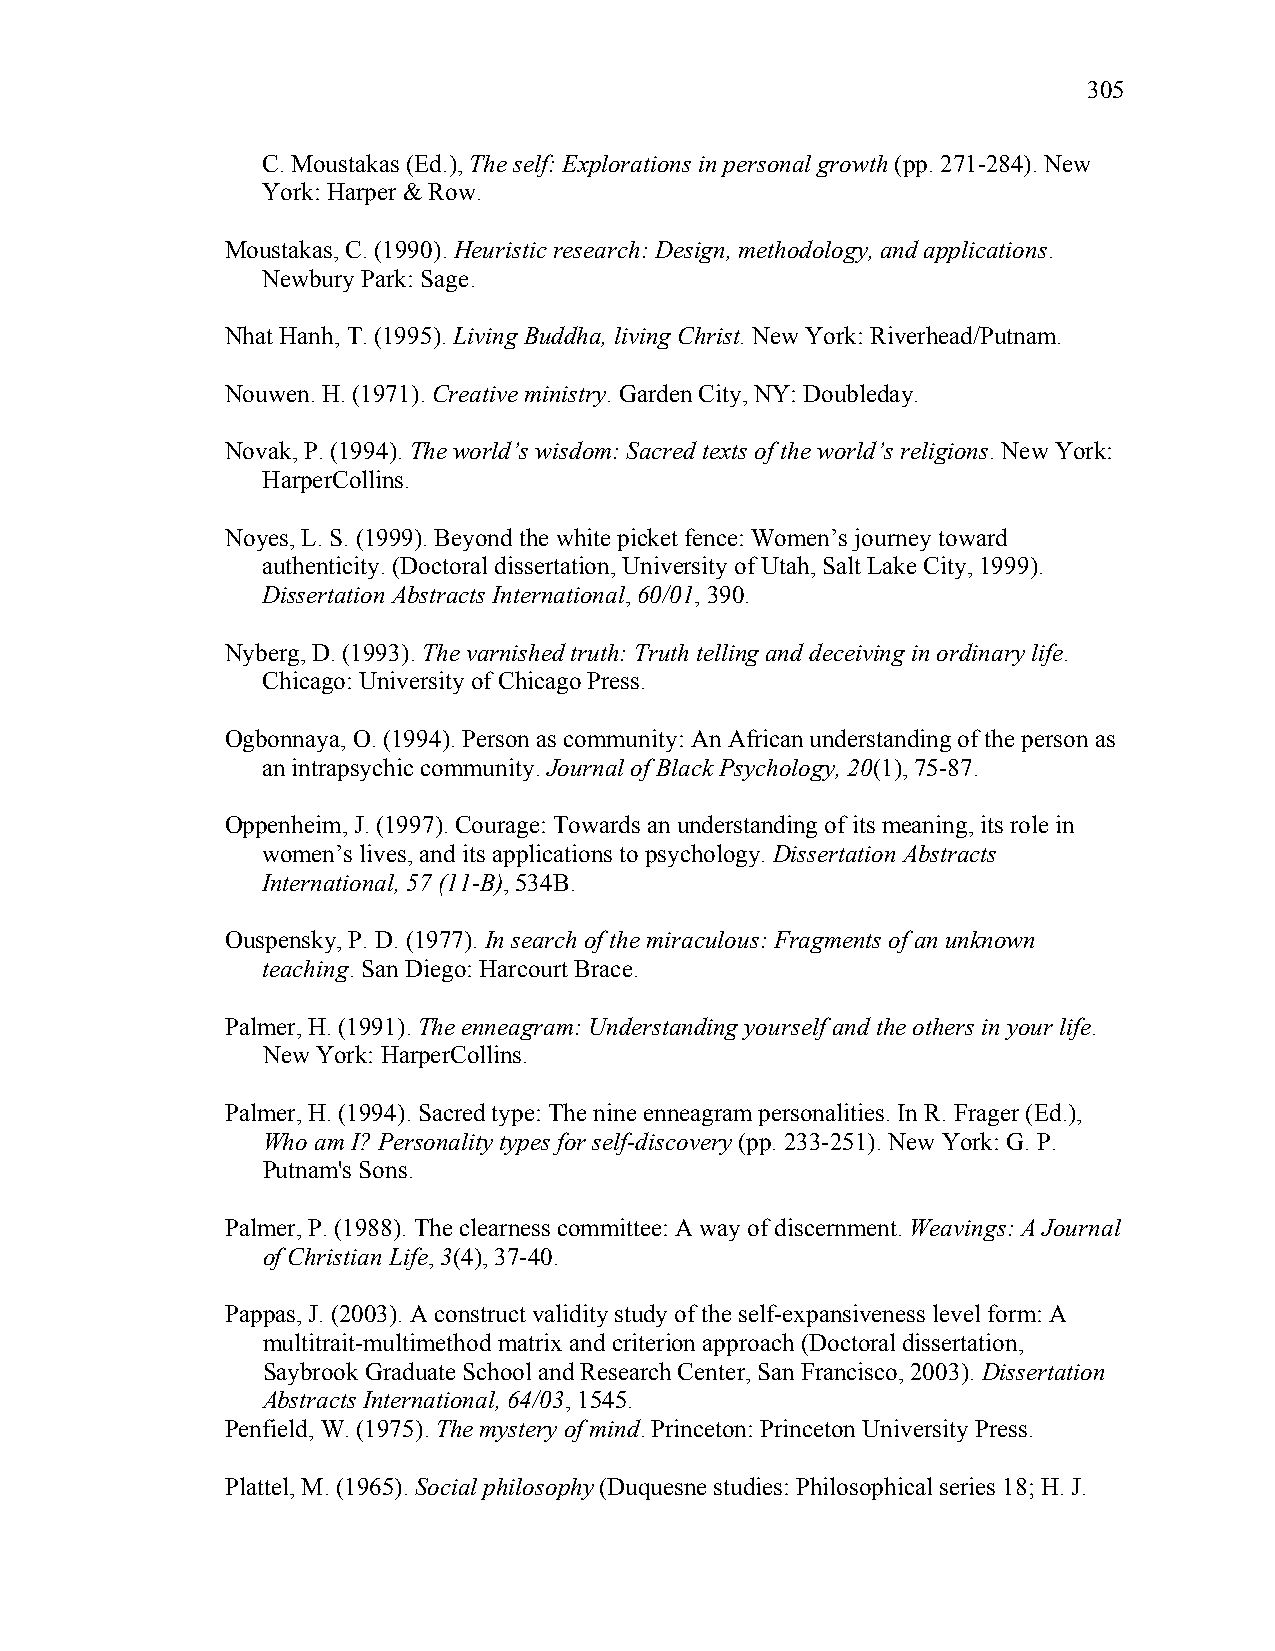
305
 C. Moustakas (Ed.), The self: Explorations in personal growth (pp. 271-284). New
 York: Harper & Row.
 Moustakas, C. (1990). Heuristic research: Design, methodology, and applications.
 Newbury Park: Sage.
 Nhat Hanh, T. (1995). Living Buddha, living Christ. New York: Riverhead/Putnam.
 Nouwen. H. (1971). Creative ministry. Garden City, NY: Doubleday.
 Novak, P. (1994). The world’s wisdom: Sacred texts of the world’s religions. New York:
 HarperCollins.
 Noyes, L. S. (1999). Beyond the white picket fence: Women’s journey toward
 authenticity. (Doctoral dissertation, University of Utah, Salt Lake City, 1999).
 Dissertation Abstracts International, 60/01, 390.
 Nyberg, D. (1993). The varnished truth: Truth telling and deceiving in ordinary life.
 Chicago: University of Chicago Press.
 Ogbonnaya, O. (1994). Person as community: An African understanding of the person as
 an intrapsychic community. Journal of Black Psychology, 20(1), 75-87.
 Oppenheim, J. (1997). Courage: Towards an understanding of its meaning, its role in
 women’s lives, and its applications to psychology. Dissertation Abstracts
 International, 57 (11-B), 534B.
 Ouspensky, P. D. (1977). In search of the miraculous: Fragments of an unknown
 teaching. San Diego: Harcourt Brace.
 Palmer, H. (1991). The enneagram: Understanding yourself and the others in your life.
 New York: HarperCollins.
 Palmer, H. (1994). Sacred type: The nine enneagram personalities. In R. Frager (Ed.),
 Who am I? Personality types for self-discovery (pp. 233-251). New York: G. P.
 Putnam's Sons.
 Palmer, P. (1988). The clearness committee: A way of discernment. Weavings: A Journal
 of Christian Life, 3(4), 37-40.
 Pappas, J. (2003). A construct validity study of the self-expansiveness level form: A
 multitrait-multimethod matrix and criterion approach (Doctoral dissertation,
 Saybrook Graduate School and Research Center, San Francisco, 2003). Dissertation
 Abstracts International, 64/03, 1545.
 Penfield, W. (1975). The mystery of mind. Princeton: Princeton University Press.
 Plattel, M. (1965). Social philosophy (Duquesne studies: Philosophical series 18; H. J.